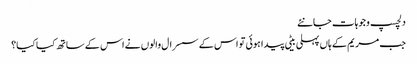
دلچسپ وجوہات جانئے
جب مریم کے ہاں پہلی بیٹی پیدا ہوئی تو اس کے سسرال والوں نے اس کے ساتھ کیا کیا؟